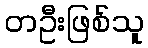
တဦးဖြစ်သူ